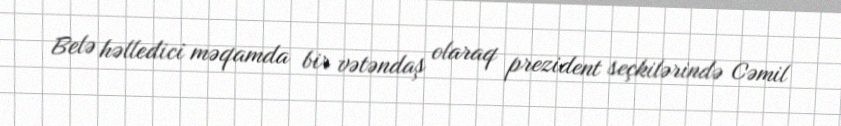
Belə həlledici məqamda bir vətəndaş olaraq prezident seçkilərində Cəmil